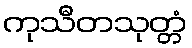
ကုသီတသုတ္တံ